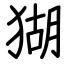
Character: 猢